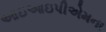
આઇઆઇપીએમના